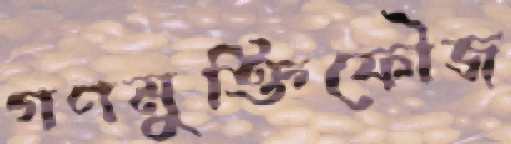
গণমুক্তিফৌজ